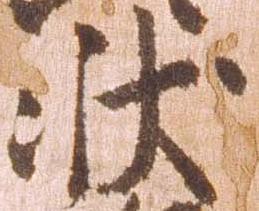
状